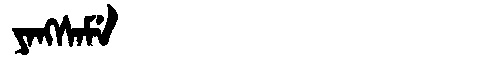
Manchu: ᠶᠠᠩᠰᠠᠮᡝ
Romanization: YANGSAME